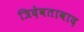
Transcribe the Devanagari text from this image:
त्रिदेवतावाद